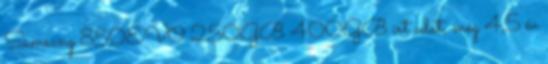
Samsung 850EVO 250GB 400GB írt adat, még 4,5 év